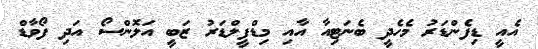
އެއީ ޑިފެންޑަރު މެހެދީ ބެނަޓިއާ އާއި މިޑްފީލްޑަރު ޒަބީ އަލޮންސޯ އަދި ފޯވާޑް